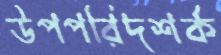
উপপরিদশর্ক